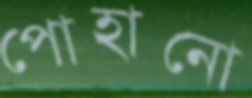
পোহানো